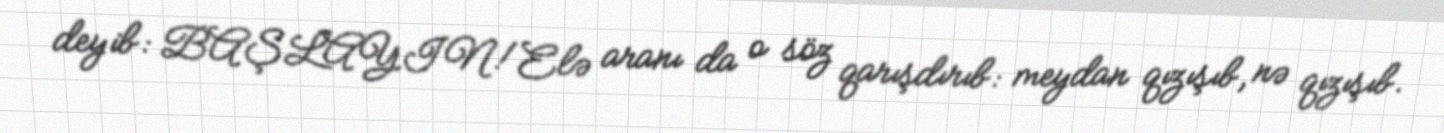
deyib: BAŞLAYIN!Elə aranı da o söz qarışdırıb: meydan qızışıb, nə qızışıb.